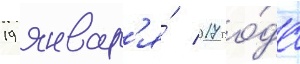
19 январ'я́ 2017 го́да